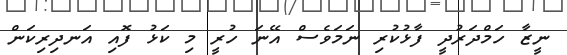
ނީޒާ ހަމްދަރުދީ ފާޅުކުރި ނަމަވެސް އޭނަ ހުރީ މި ކަޅު ފޮއި އަނދިރިކަން